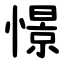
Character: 憬